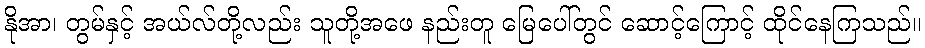
နိုအာ၊ တွမ်နှင့် အယ်လ်တို့လည်း သူတို့အဖေ နည်းတူ မြေပေါ်တွင် ဆောင့်ကြောင့် ထိုင်နေကြသည်။